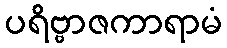
ပရိဗ္ဗာဇကာရာမံ